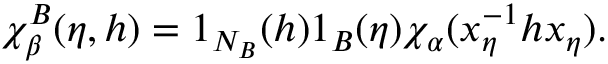
\chi _ { \beta } ^ { B } ( \eta , h ) = 1 _ { N _ { B } } ( h ) 1 _ { B } ( \eta ) \chi _ { \alpha } ( x _ { \eta } ^ { - 1 } h x _ { \eta } ) .